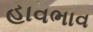
હાવભાવ